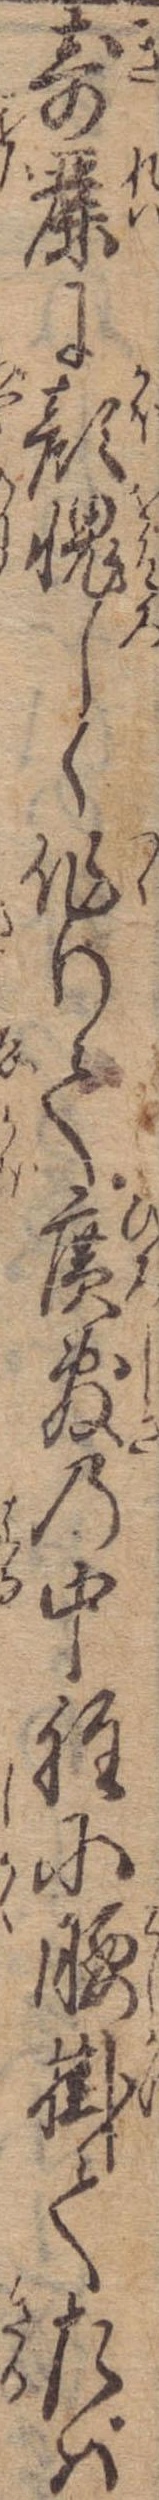
奇麗に顔愧しく作りて広敷の中程に腰掛てたば